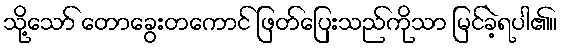
သို့သော် တောခွေးတကောင် ဖြတ်ပြေးသည်ကိုသာ မြင်ခဲ့ရပါ၏။